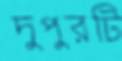
দুপুরটি